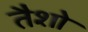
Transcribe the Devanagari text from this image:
तैशो